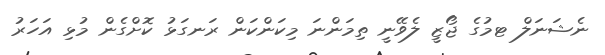
ނެޝަނަލް ޓމުގެ ޖޯޒީ ލެވޭނީ ތިމަންނަ މިކަންކަން ރަނގަޅު ކޮށްގެން މުޅި އަހަރު